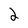
Character: 2